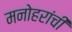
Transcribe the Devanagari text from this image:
मनोहरांची